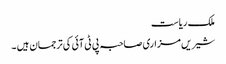
ملک ریاست
شیریں مزاری صاحبہ پی ٹی آئی کی ترجمان ہیں ۔